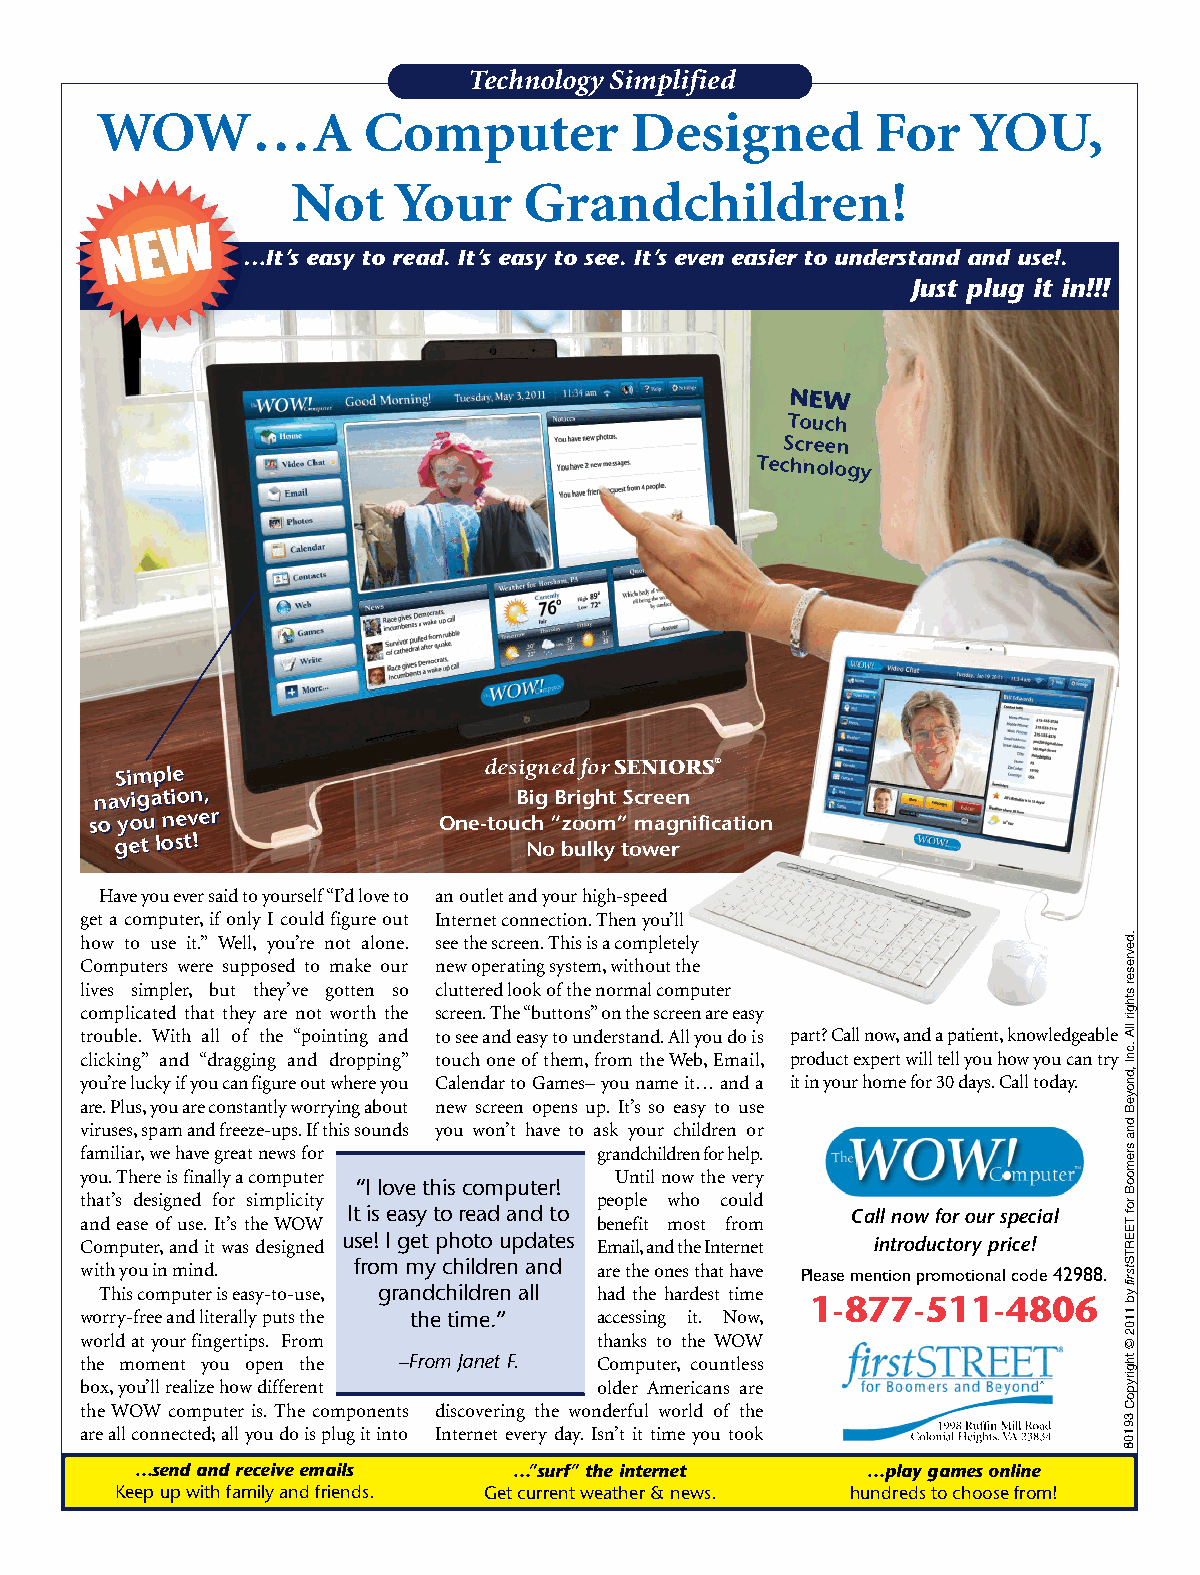
WOW_80193_42988_7.25x9.75:WOW-80193_7.25x9.75 7/7/11 1:45 PM Page 1
 Technology Simplified
 WOW…A             Computer          Designed        For   YOU,
 Not    Your     Grandchildren!
 W
 N E
 …It’s easy to read. It’s easy to see. It’s even easier to understand and use!.
 Just plug it in!!!
 NEW
 Touch
 Screen
 Technology
 SSiimmppllee            designed for SENIORS®
 nnaavviiggaattiioonn,,      Big Bright Screen
 ssoo yyoouu nneevveerr One-touch “zoom” magnification
 ggeett lloosstt!!          No bulky tower
 Have you ever said to yourself “I’d love to an outlet and your high-speed
 get a computer, if only I could figure out Internet connection. Then you’ll
 how to use it.” Well, you’re not alone. see the screen. This is a completely
 Computers were supposed to make our new operating system, without the
 lives simpler, but they’ve gotten so cluttered look of the normal computer
 complicated that they are not worth the screen. The “buttons” on the screen are easy
 trouble. With all of the “pointing and to see and easy to understand. All you do is part? Call now, and a patient, knowledgeable
 clicking” and “dragging and dropping” touch one of them, from the Web, Email, product expert will tell you how you can try
 you’re lucky if you can figure out where you Calendar to Games– you name it… and a it in your home for 30 days. Call today.
 are. Plus, you are constantly worrying about new screen opens up. It’s so easy to use
 viruses, spam and freeze-ups. If this sounds you won’t have to ask your children or
 familiar, we have great news for   grandchildren for help.
 you. There is finally a computer    Until now the very
 “I love this computer!
 that’s designed for simplicity     people who could
 It is easy to read and to        Call now for our special
 and ease of use. It’s the WOW      benefit most from
 Computer, and it was designed use! I get photo updates Email, and the Internet introductory price!
 with you in mind. from my children and are the onesthat have Please mention promotional code42988.
 This computer is easy-to-use, grandchildren all had the hardest time 1-877-511-4806
 worry-free and literally puts the the time.” accessing it. Now,
 world at your fingertips. From     thanks to the WOW
 the moment you open the –From Janet F. Computer, countless
 box, you’ll realize how different  older Americans are
 the WOW computer is. The components discovering the wonderful world of the
 are all connected; all you do is plug it into Internet every day. Isn’t it time you took
 …send and receive emails …”surf” the internet   …play games online
 Keep up with family and friends. Get current weather & news. hundreds to choose from!
 .devreser
 sthgir
 llA
 .cnI
 ,dnoyeB
 dna
 sremooB
 rof
 TEERTStsrif
 yb
 1102
 ©
 thgirypoC39108